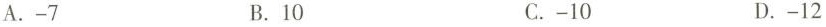
A.-7 B.10 C.-10 D.-12